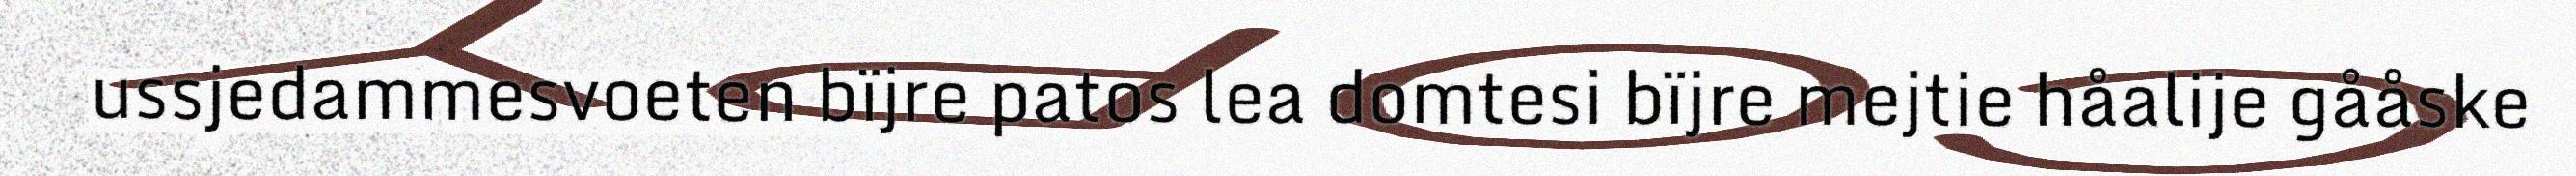
ussjedammesvoeten bïjre patos lea domtesi bïjre mejtie håalije gååske